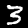
Label: 3